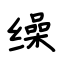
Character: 缲